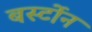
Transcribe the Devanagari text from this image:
बर्स्टोन